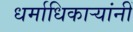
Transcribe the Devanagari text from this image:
धर्माधिकार्‍यांनीं